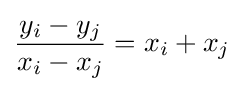
{\frac {y_{i}-y_{j}}{x_{i}-x_{j}}}=x_{i}+x_{j}